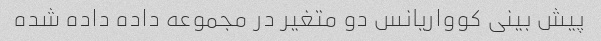
پیش بینی کوواریانس دو متغیر در مجموعه داده داده شده